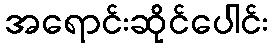
အရောင်းဆိုင်ပေါင်း